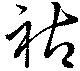
祜